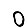
Digit: 0